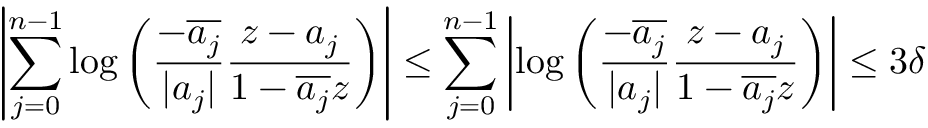
\left| \sum _ { j = 0 } ^ { n - 1 } \log \left( \frac { - \overline { { a _ { j } } } } { | a _ { j } | } \frac { z - a _ { j } } { 1 - \overline { { a _ { j } } } z } \right) \right| \leq \sum _ { j = 0 } ^ { n - 1 } \left| \log \left( \frac { - \overline { { a _ { j } } } } { | a _ { j } | } \frac { z - a _ { j } } { 1 - \overline { { a _ { j } } } z } \right) \right| \leq 3 \delta